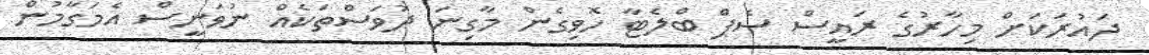
ދައުރަކަށް މިހާރުގެ ރައީސް ސެޕް ބްލެޓާ ހޮވިގެން މާގިނަ ދުވަސްތަކެއް ނުވަނީސް އެމަގާމުން